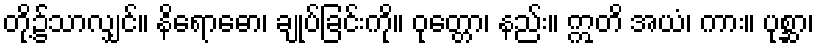
တို့၌သာလျှင်။ နိရောဓော၊ ချုပ်ခြင်းကို။ ဝုတ္တော၊ နည်း။ ဣတိ အယံ၊ ကား။ ပုစ္ဆာ၊